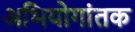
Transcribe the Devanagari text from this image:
अभियोगांतक